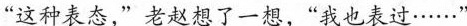
“这种表态”老赵想了一想，“我也表过······”